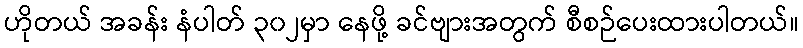
ဟိုတယ် အခန်း နံပါတ် ၃၀၂မှာ နေဖို့ ခင်ဗျားအတွက် စီစဉ်ပေးထားပါတယ်။